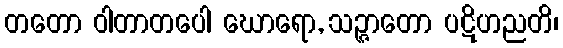
တတော ဝါတာတပေါ ဃောရော, သဉ္ဇာတော ပဋိဟညတိ၊